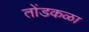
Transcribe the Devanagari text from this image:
तोंडकळा